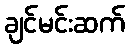
ချင်မင်းဆက်